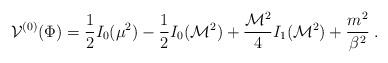
LaTeX: \begin{align*}{\cal V}^{(0)}(\Phi)={\frac {1}{2}} I_0(\mu^2) -{\frac {1}{2}}I_0({\cal M}^2) +{\frac {{\cal M}^2}{4}}I_1({\cal M}^2)+ {\frac {m^2}{\beta^2}} \;.\end{align*}